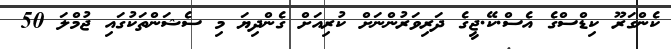
ކެންގަރޫ ކިޑްސްގެ އެސް.ކޭ.ޖީގެ ދަރިވަރުންނަށް ކުރިއަށް ގެންދިޔަ މި ސެޝަންތަކުގައި ޖުމްލަ 50